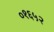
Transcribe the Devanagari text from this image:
०१६५२